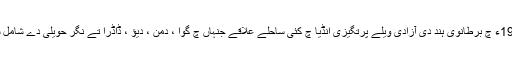
1947ء چ برطانوی ہند دی آزادی ویلے پرتگیزی انڈیا چ کئی ساحلے علاقے جنہاں چ گوا ، دمن ، دیؤ ، ڈاڈرا تے نگر حویلی دے شامل سن ۔